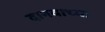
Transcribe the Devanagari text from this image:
दानवाच्या